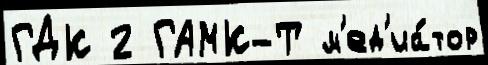
ГДК 2 ГАМК-Т м'ед'иа́тор